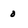
Character: 0